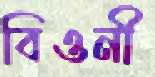
বিওনী